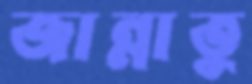
জান্নাতু